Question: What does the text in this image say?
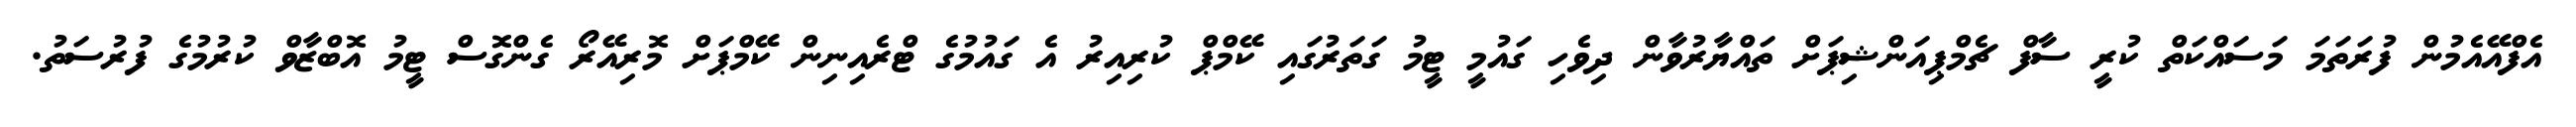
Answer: އެފްއޭއެމުން ފުރަތަމަ މަސައްކަތް ކުރީ ސާފް ޗެމްޕިއަންޝިޕަށް ތައްޔާރުވާން ދިވެހި ގައުމީ ޓީމު ގަތަރުގައި ކޭމްޕް ކުރިއިރު އެ ގައުމުގެ ޓްރެއިނިން ކޭމްޕަށް މޮރިއޭރޯ ގެންގޮސް ޓީމު އޮބްޒާވް ކުރުމުގެ ފުރުސަތު.